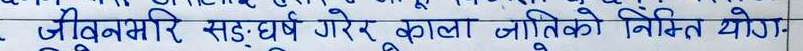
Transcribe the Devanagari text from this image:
जीवनभरी सङ्‌घर्ष गरेर काला जितिको निश्चित थियो।